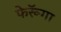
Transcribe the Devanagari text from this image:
फेरूॅगा